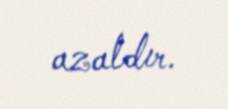
azaldır.